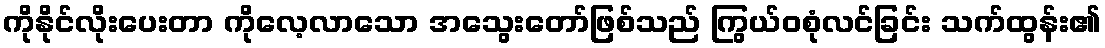
ကိုနိုင်လိုးပေးတာ ကိုလေ့လာသော အသွေးတော်ဖြစ်သည် ကြွယ်ဝစုံလင်ခြင်း သက်ထွန်း၏